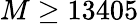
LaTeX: M\geq 13405